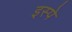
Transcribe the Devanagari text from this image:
इस्पे